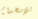
للإستخدام